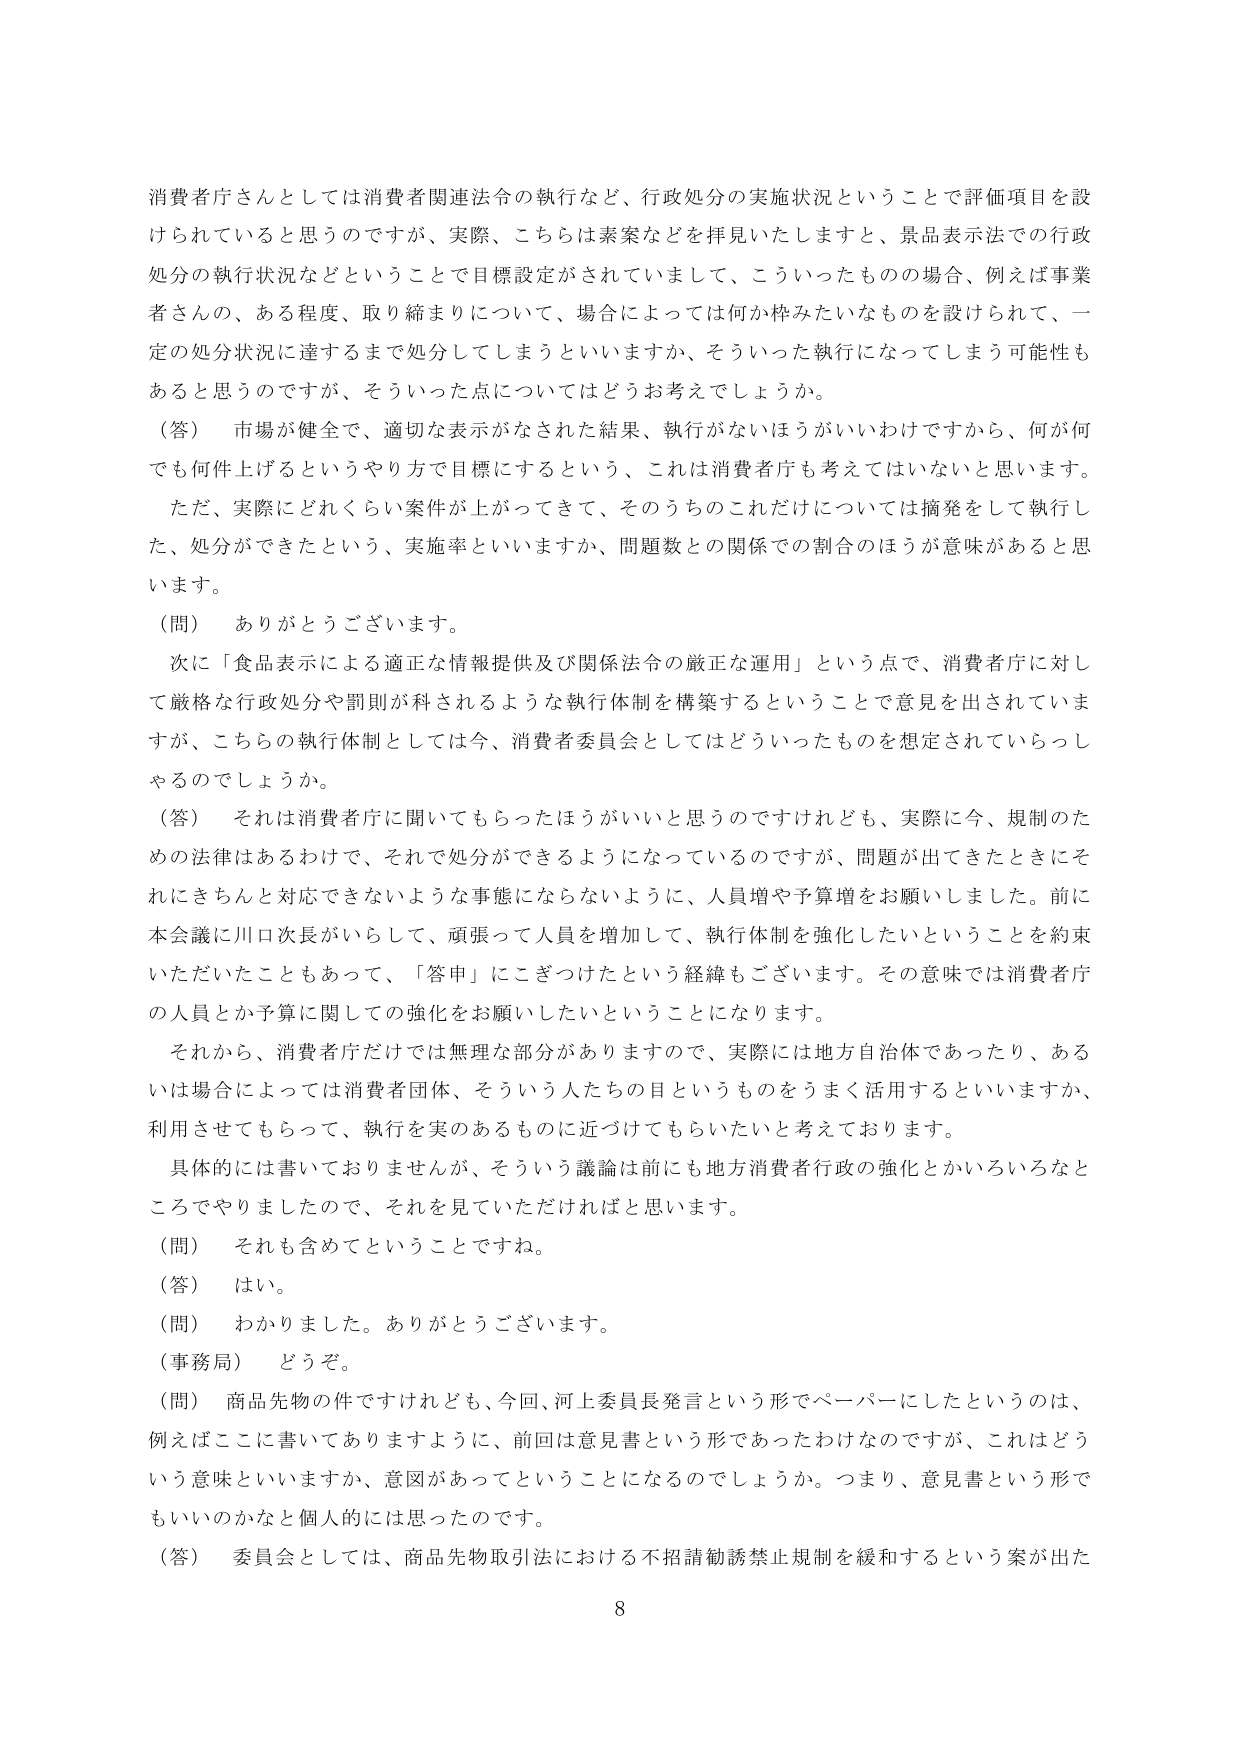
消費者庁さんとしては消費者関連法令の執行など、行政処分の実施状況ということで評価項目を設けられていると思うのですが、実際、こちらは素案などを拝見いたしますと、景品表示法での行政処分の執行状況などということで目標設定がされていまして、こういったものの場合、例えば事業者さんの、ある程度、取り締まりについて、場合によっては何か枠みたいなものを設けられて、一定の処分状況に達するまで処分してしまうといいますか、そういった執行になってしまう可能性もあると思うのですが、そういった点についてはどうお考えでしょうか。

（答）　市場が健全で、適切な表示がなされた結果、執行がないほうがいいわけですから、何が何でも何件上げるというやり方で目標にするという、これは消費者庁も考えてはいないと思います。ただ、実際にどれくらい案件が上がってきて、そのうちのこれだけについては摘発をして執行した、処分ができたという、実施率といいますか、問題数との関係での割合のほうが意味があると思います。

（問）　ありがとうございます。

次に「食品表示による適正な情報提供及び関係法令の厳正な運用」という点で、消費者庁に対して厳格な行政処分や罰則が科されるような執行体制を構築するということで意見を出されていますが、こちらの執行体制としては今、消費者委員会としてはどういったものを想定されていらっしゃるのでしょうか。

（答）　それは消費者庁に聞いてもらったほうがいいと思うのですけれども、実際に今、規制のための法律はあるわけで、それで処分ができるようになっているのですが、問題が出てきたときにそれにきちんと対応できないような事態にならないように、人員増や予算増をお願いしました。前に本会議に川口次長がいらして、頑張って人員を増加して、執行体制を強化したいということを約束いただいたこともあって、「答申」にこぎつけたという経緯もございます。その意味では消費者庁の人員とか予算に関しての強化をお願いしたいということになります。

それから、消費者庁だけでは無理な部分がありますので、実際には地方自治体であったり、あるいは場合によっては消費者団体、そういう人たちの目というものをうまく活用するといいですか、利用させてもらって、執行を実のあるものに近づけてもらいたいと考えております。

具体的には書いておりませんが、そういう議論は前にも地方消費者行政の強化とかいろいろなところでやりましたので、それを見ていただければと思います。

（問）　それも含めてということですね。

（答）　はい。

（問）　わかりました。ありがとうございます。

（事務局）　どうぞ。

（問）　商品先物の件ですけれども、今回、河上委員長発言という形でペーパーにしたというのは、例えばここに書いてありますように、前回は意見書という形であったわけなのですが、これはどういう意味といいますか、意図があってということになるのでしょうか。つまり、意見書という形でもいいのかなと個人的には思ったのです。

（答）　委員会としては、商品先物取引法における不招請勧誘禁止規制を緩和するという案が出た

8